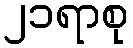
၂၁ရာစု